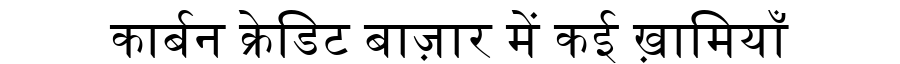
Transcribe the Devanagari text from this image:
कार्बन क्रेडिट बाज़ार में कई ख़ामियाँ